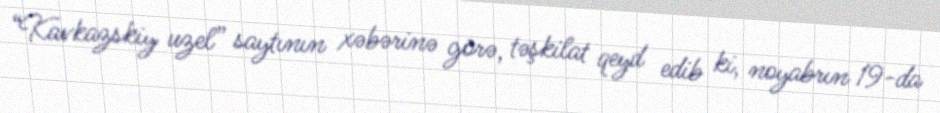
“Kavkazskiy uzel” saytının xəbərinə görə, təşkilat qeyd edib ki, noyabrın 19-da